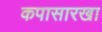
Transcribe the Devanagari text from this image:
कपासारखा